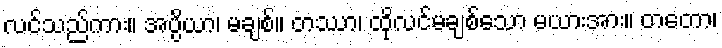
လင်သည်ကား။ အပ္ပိယာ၊ မချစ်။ တဿာ၊ ထိုလင်မချစ်သော မယားအား။ တတော၊